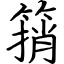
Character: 䈰